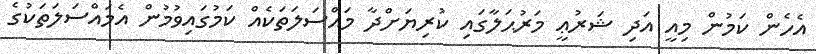
އެހެން ކަމުން މިއީ އަދި ޝަރުޢީ މަރުޙަލާގައި ކުރިޔަށްދާ މައްސަލަތަކެއް ކަމުގައިވުމުން އެމައްސަލަތަކުގެ